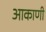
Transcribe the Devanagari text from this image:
आकाणी